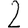
Digit: 2